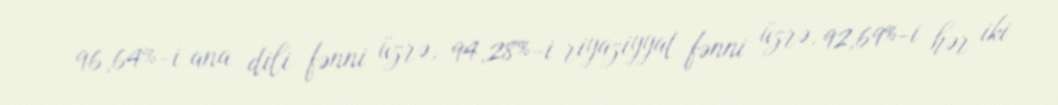
96,64%-i ana dili fənni üzrə, 94,28%-i riyaziyyat fənni üzrə, 92,69%-i hər iki